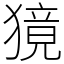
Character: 獍